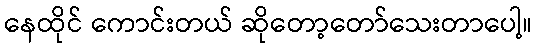
နေထိုင် ကောင်းတယ် ဆိုတော့တော်သေးတာပေါ့။